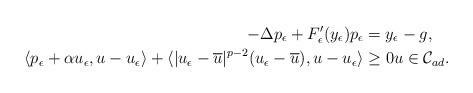
LaTeX: \begin{align*}-\Delta p_{\epsilon} + F_{\epsilon}'(y_{\epsilon}) p_{\epsilon} & = y_{\epsilon}-g,\\\langle p_{\epsilon} +\alpha u_{\epsilon}, u-u_{\epsilon} \rangle +\langle |u_{\epsilon}-\overline{u}|^{p-2} (u_{\epsilon}-\overline{u}), u-u_{\epsilon} \rangle&\ge 0 u\in \mathcal{C}_{ad}. \end{align*}